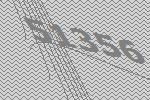
51356